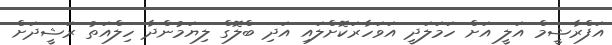
އަފްރާޝީމް އަލީ އަށް ހަމަލަދީ އަވަހާރަކޮށްލައި އަދި ބްލޮގް ލިޔަމުންދާ ހިލްއަތު ރަޝީދަށް